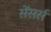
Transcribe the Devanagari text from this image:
सेंसर्स